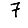
Digit: 7